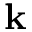
\mathbf { k }